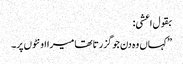
بقول اعشی:
”کہاں وہ دن جو گزرتا تھا میرا اونٹوں پر۔